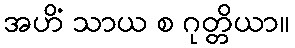
အဟိံ သာယ စ ဂုတ္တိယာ။